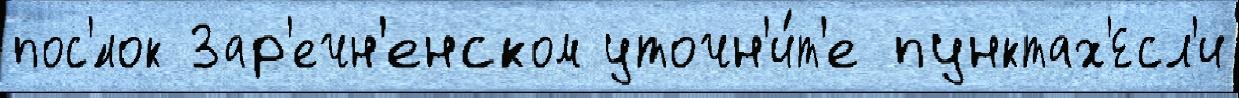
пос'́лок Зар'ечн'енском уточн'и́т'е пунктах'Есл'и